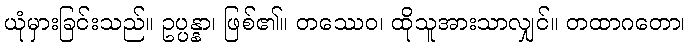
ယုံမှားခြင်းသည်။ ဥပ္ပန္နာ၊ ဖြစ်၏။ တဿေဝ၊ ထိုသူအားသာလျှင်။ တထာဂတော၊